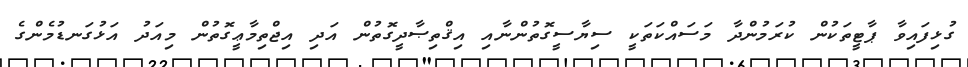
ގުޅިފައިވާ ޕާޓީތަކުން ކުރަމުންދާ މަސައްކަތަކީ ސިޔާސީގޮތުންނާއި އިޤްތިޞާދީގޮތުން އަދި އިޖްތިމާޢީގޮތުން މިއަދު އަޅުގަނޑުމެންގެ